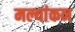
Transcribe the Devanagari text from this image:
मल्यांकन